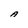
Character: A